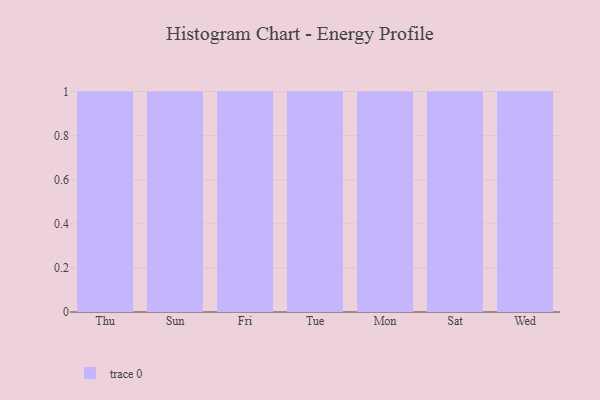
{"axis": {"x": "Day", "y": "Satisfaction Score"}, "legend": [""], "data": [{"x": "Thu", "y": 1, "type": ""}, {"x": "Sun", "y": 58, "type": ""}, {"x": "Fri", "y": 55, "type": ""}, {"x": "Tue", "y": 29, "type": ""}, {"x": "Mon", "y": 10, "type": ""}, {"x": "Sat", "y": 63, "type": ""}, {"x": "Wed", "y": 85, "type": ""}]}